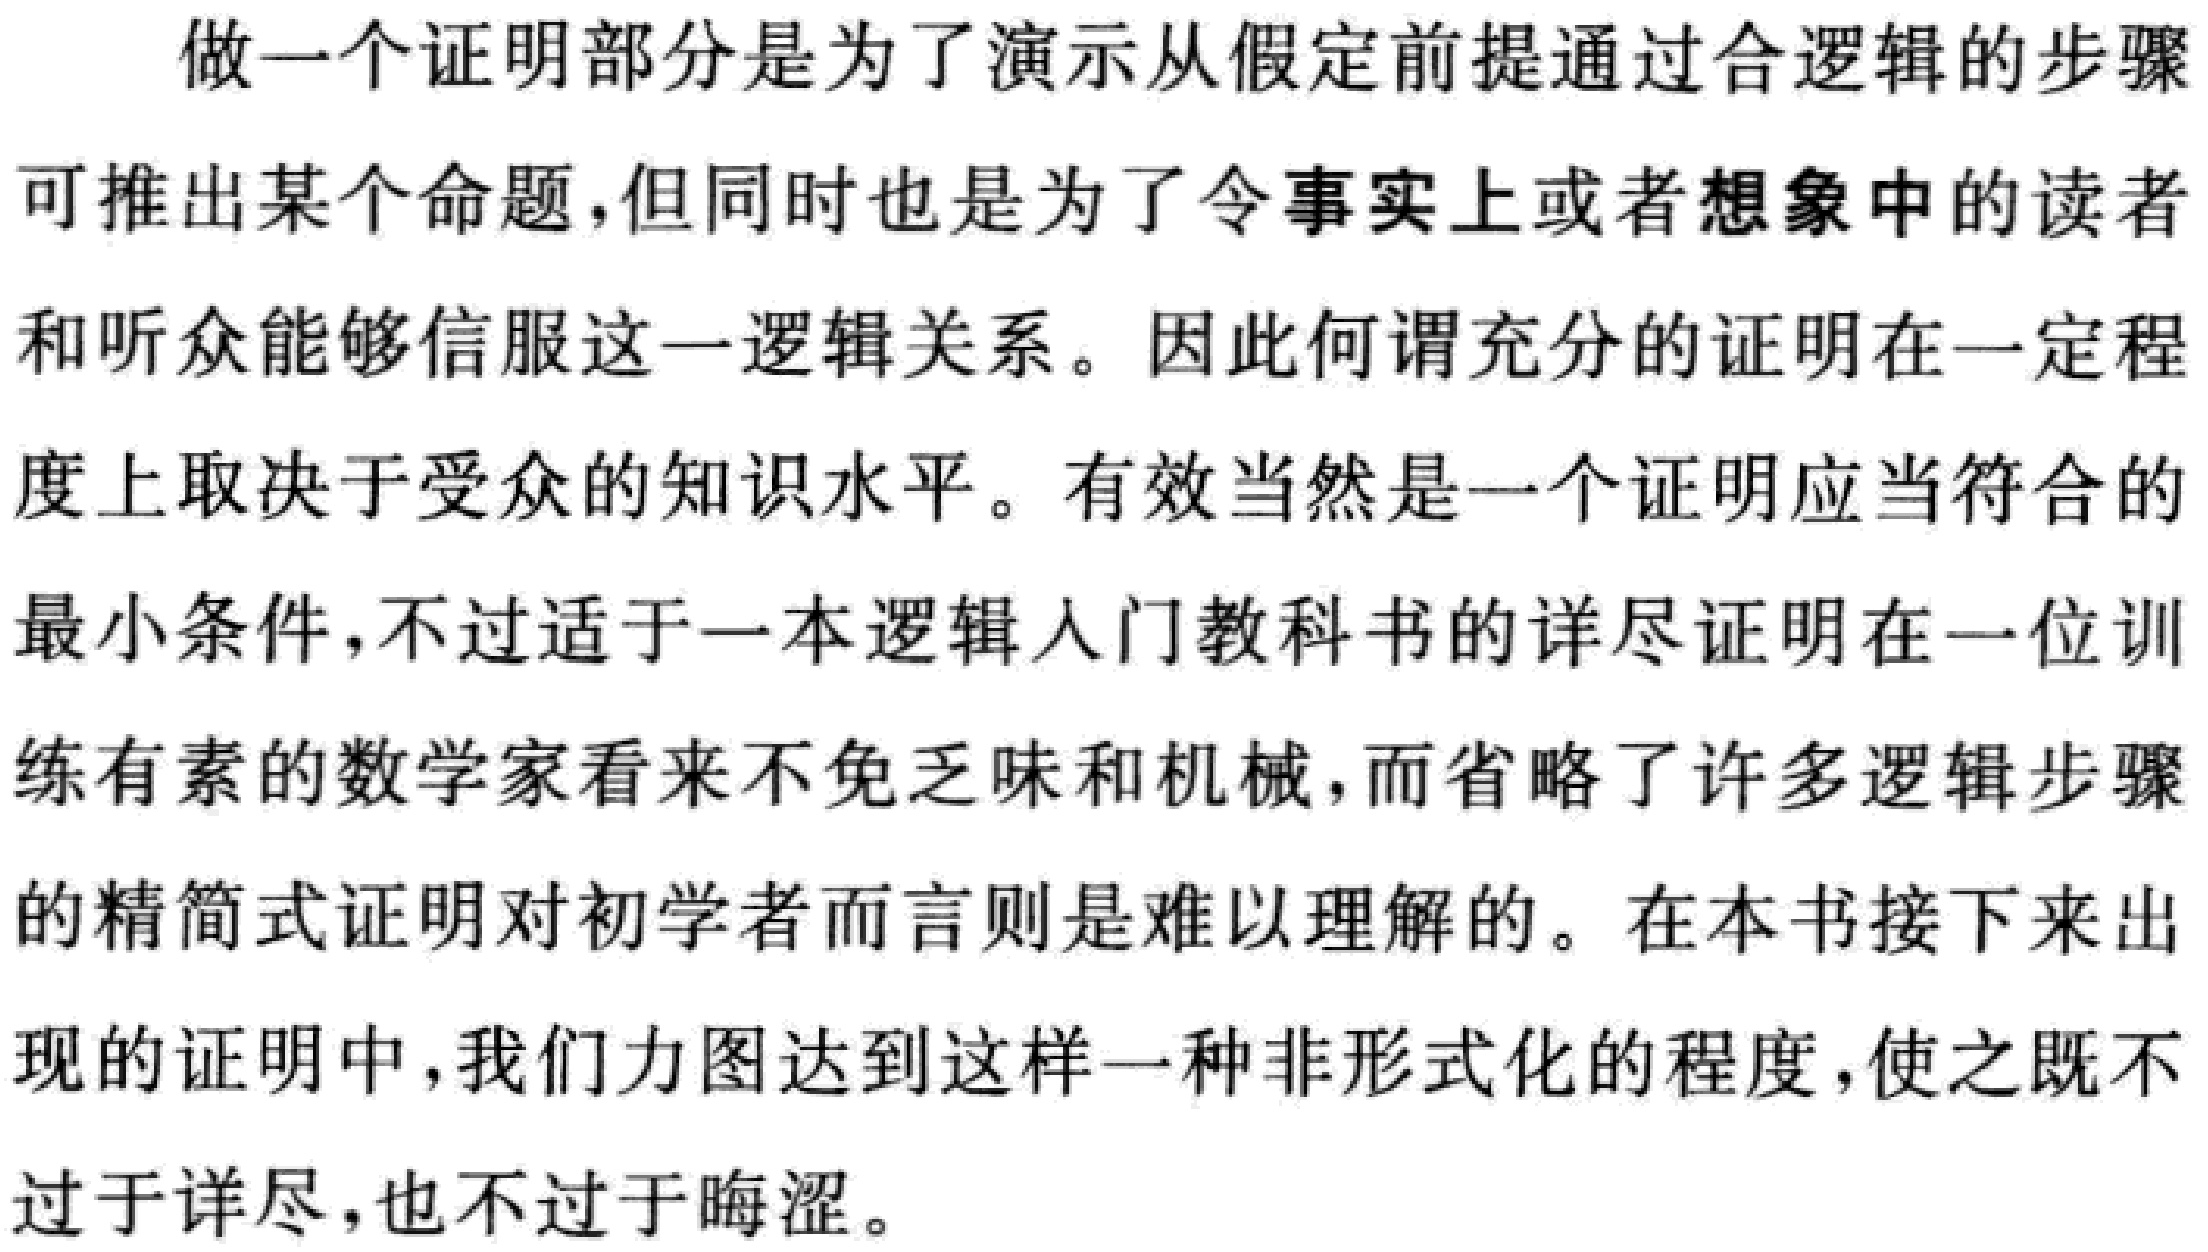
做一个证明部分是为了演示从假定前提通过合逻辑的步骤可推出某个命题,但同时也是为了令事实上或者想象中的读者和听众能够信服这一逻辑关系。因此何谓充分的证明在一定程度上取决于受众的知识水平。有效当然是一个证明应当符合的最小条件,不过适于一本逻辑入门教科书的详尽证明在一位训练有素的数学家看来不免乏味和机械,而省略了许多逻辑步骤的精简式证明对初学者而言则是难以理解的。在本书接下来出现的证明中,我们力图达到这样一种非形式化的程度,使之既不过于详尽,也不过于晦涩。